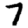
Digit: 7